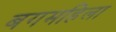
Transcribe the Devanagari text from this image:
बगमहिला